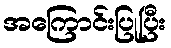
အကြောင်းပြုပြီး